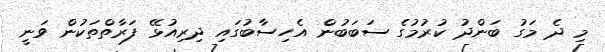
މި ދެ މަގު ބަންދު ކުރުމުގެ ސަބަބުން އެހިސާބުގައި ދިރިއުޅޭ ފަރާތްތަކުން ވަނީ